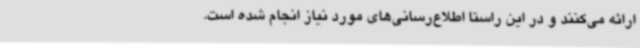
ارائه می‌کنند و در این راستا اطلاع‌رسانی‌های مورد نیاز انجام شده است.